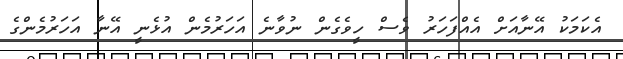
އެކަމަކު އޭނާއަށް އެއްފަހަރު ވެސް ހީވެގެން ނުވާނެ އަހަރުމެން އުޅެނީ އޭނާ އަހަރުމެންގެ